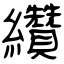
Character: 纘